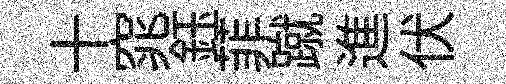
十窕鈺菲蹴進伏